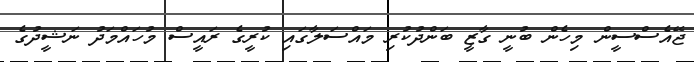
ޖޭއެސްސީން މިހެން ބުނީ ގާޒީ ބަންދުކުރި މައްސަލާގައި ކުރީގެ ރައީސް މުހައްމަދު ނަޝީދުގެ